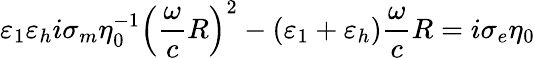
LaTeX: \varepsilon_{1}\varepsilon_{h}i\sigma_{m}\eta_{0}^{-1}\left(\frac{\omega}{c}R\right)^{2}-(\varepsilon_{1}+\varepsilon_{h})\frac{\omega}{c}R=i\sigma_{e}\eta_{0}